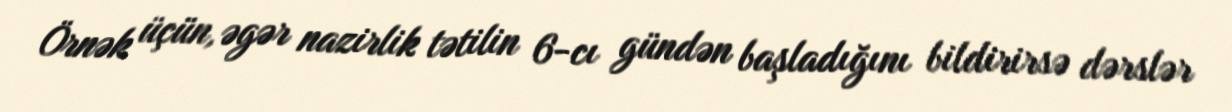
Örnək üçün, əgər nazirlik tətilin 6-cı gündən başladığını bildirirsə dərslər